Report of the Imperial Institute of Veterinary Research, Muktesar
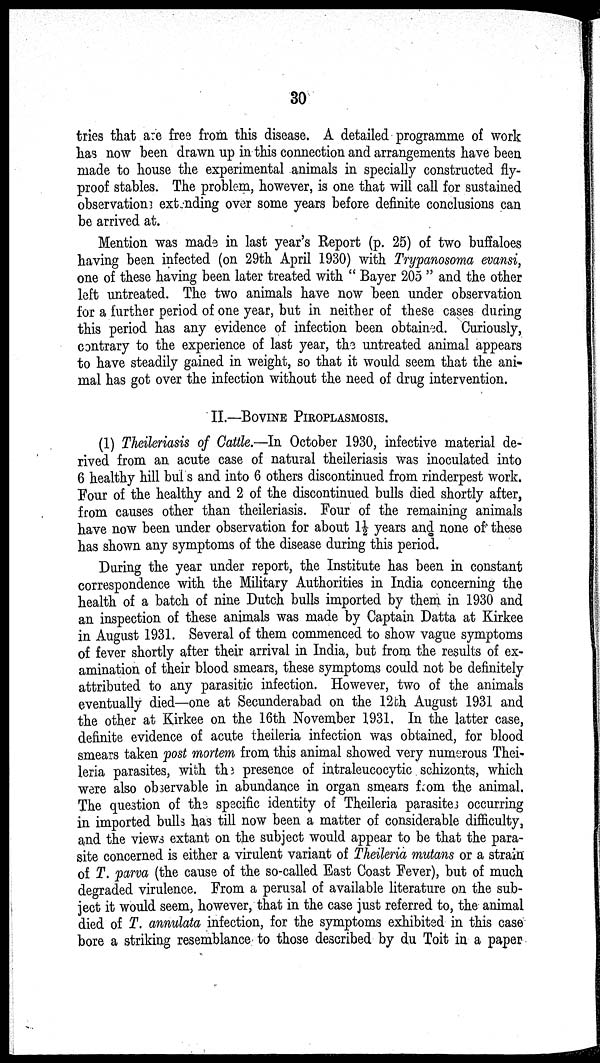
30
tries that are free from this disease. A detailed programme of work
has now been drawn up in this connection and arrangements have been
made to house the experimental animals in specially constructed fly-
proof stables. The problem, however, is one that will call for sustained
observations extending over some years before definite conclusions can
be arrived at.
Mention was made in last year's Report (p. 25) of two buffaloes
having been infected (on 29th April 1930) with Trypanosoma evansi,
one of these having been later treated with " Bayer 205 " and the other
left untreated. The two animals have now been under observation
for a further period of one year, but in neither of these cases during
this period has any evidence of infection been obtained. Curiously,
contrary to the experience of last year, the untreated animal appears
to have steadily gained in weight, so that it would seem that the ani-
mal has got over the infection without the need of drug intervention.
II.—BOVINE PIROPLASMOSIS.
(1) Theileriasis of Cattle.—In October 1930, infective material de-
rived from an acute case of natural theileriasis was inoculated into
6 healthy hill bulls and into 6 others discontinued from rinderpest work.
Four of the healthy and 2 of the discontinued bulls died shortly after,
from causes other than theileriasis. Four of the remaining animals
have now been under observation for about 1½ years and none of these
has shown any symptoms of the disease during this period.
During the year under report, the Institute has been in constant
correspondence with the Military Authorities in India concerning the
health of a batch of nine Dutch bulls imported by them in 1930 and
an inspection of these animals was made by Captain Datta at Kirkee
in August 1931. Several of them commenced to show vague symptoms
of fever shortly after their arrival in India, but from the results of ex-
amination of their blood smears, these symptoms could not be definitely
attributed to any parasitic infection. However, two of the animals
eventually died—one at Secunderabad on the 12th August 1931 and
the other at Kirkee on the 16th November 1931, In the latter case,
definite evidence of acute theileria infection was obtained, for blood
smears taken post mortem from this animal showed very numerous Thei-
leria parasites, with the presence of intraleucocytic schizonts, which
were also observable in abundance in organ smears from the animal.
The question of the specific identity of Theileria parasites occurring
in imported bulls has till now been a matter of considerable difficulty,
and the views extant on the subject would appear to be that the para-
site concerned is either a virulent variant of Theileria mutans or a strain
of T. parva (the cause of the so-called East Coast Fever), but of much
degraded virulence. From a perusal of available literature on the sub-
ject it would seem, however, that in the case just referred to, the animal
died of T. annulata infection, for the symptoms exhibited in this case
bore a striking resemblance to those described by du Toit in a paper